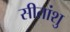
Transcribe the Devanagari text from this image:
सीतांशु